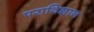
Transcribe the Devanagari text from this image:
पराविज्ञान